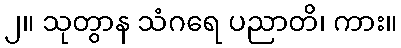
၂။ သုတွာန သံဂရေ ပညာတိ၊ ကား။